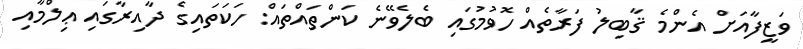
ވަޒީފާއަށް އެންމެ ޤާބިލު ފަރާތެއް ހޮވުމުގައި ބެލެވޭނެ ކަންތައްތައް: ހަކަތައިގެ ދާއިރާގައި ޢިލްމާއި